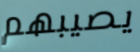
يصيبهم